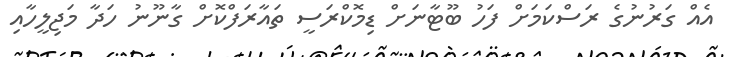
އެއް ގަރުނުގެ ރަސްކަމަށް ފަހު ބޫޓާނަށް ޑިމޮކްރަސީ ތައާރަފްކޮށް ގާނޫނު ހަދާ މަޖިލީހާއި